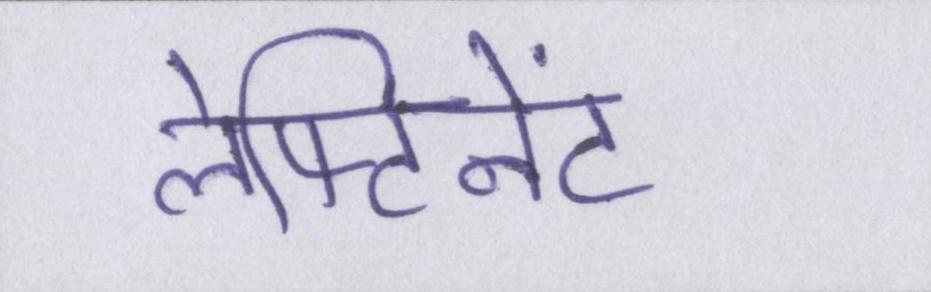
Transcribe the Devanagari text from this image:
लेफ्टिनेंट